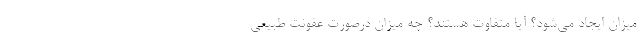
میزان ایجاد می‌شود؟ آیا متفاوت هستند؟ چه میزان درصورت عفونت طبیعی